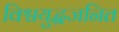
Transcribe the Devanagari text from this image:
विश्वयुद्धजनित